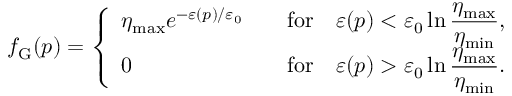
f _ { \mathrm { G } } ( \boldsymbol { p } ) = \left\{ \begin{array} { l l } { \eta _ { \mathrm { m a x } } e ^ { - \varepsilon ( \v { p } ) / \varepsilon _ { 0 } } \quad } & { \mathrm { f o r } \quad \varepsilon ( \boldsymbol { p } ) < \varepsilon _ { 0 } \ln \displaystyle \frac { \eta _ { \mathrm { m a x } } } { \eta _ { \mathrm { m i n } } } , } \\ { 0 \quad } & { \mathrm { f o r } \quad \varepsilon ( \boldsymbol { p } ) > \varepsilon _ { 0 } \ln \displaystyle \frac { \eta _ { \mathrm { m a x } } } { \eta _ { \mathrm { m i n } } } . } \end{array} \right.